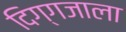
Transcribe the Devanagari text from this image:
दिग्गजाला